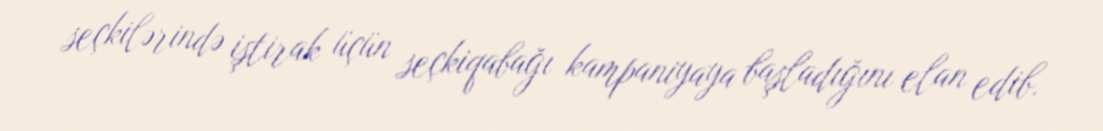
seçkilərində iştirak üçün seçkiqabağı kampaniyaya başladığını elan edib.